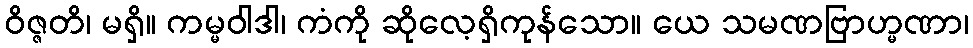
ဝိဇ္ဇတိ၊ မရှိ။ ကမ္မဝါဒါ၊ ကံကို ဆိုလေ့ရှိကုန်သော။ ယေ သမဏဗြာဟ္မဏာ၊